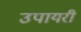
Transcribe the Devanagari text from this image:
उपायरी